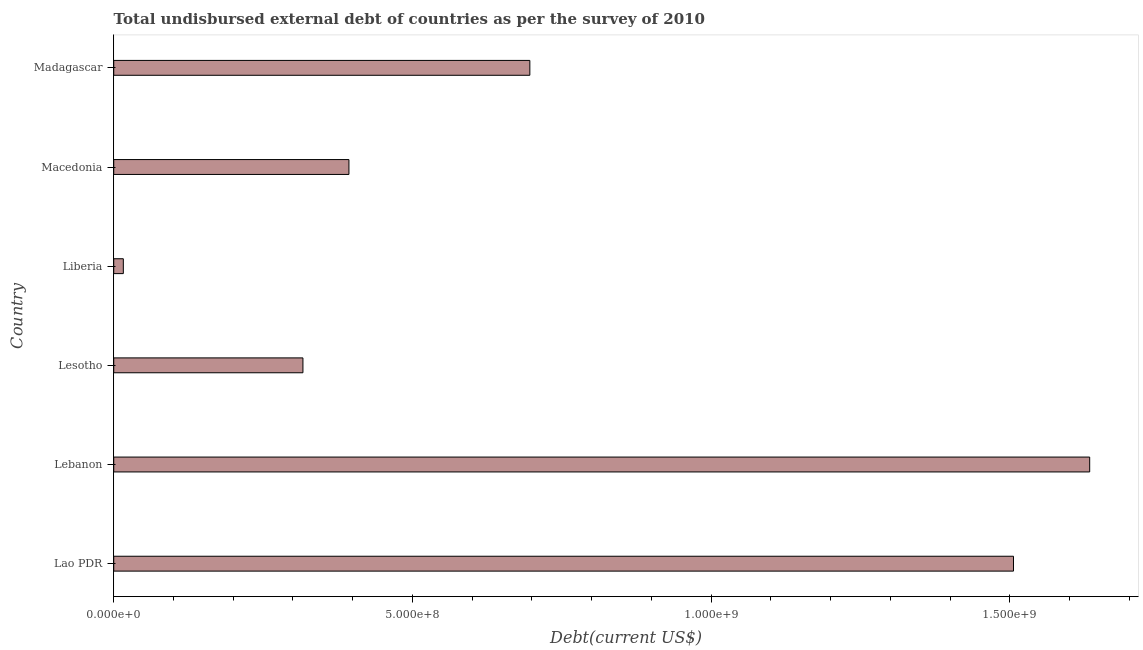
| Country | Total debt |
 | --- | --- |
 | Lao PDR | 1.51e+09 |
 | Lebanon | 1.63e+09 |
 | Lesotho | 3.17e+08 |
 | Liberia | 1.60e+07 |
 | Macedonia | 3.94e+08 |
 | Madagascar | 6.97e+08 |